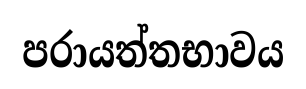
පරායත්තභාවය